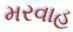
મરવાહ